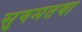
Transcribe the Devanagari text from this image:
सुगमतया